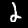
Digit: 2